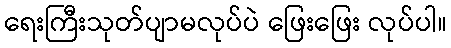
ရေးကြီးသုတ်ပျာမလုပ်ပဲ ဖြေးဖြေး လုပ်ပါ။